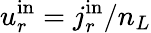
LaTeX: {u_{r}^{\mathrm{{in}}}=j_{r}^{\mathrm{{in}}}/n_{L}}